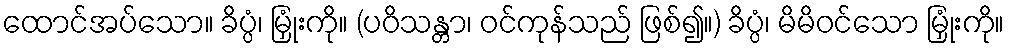
ထောင်အပ်သော။ ခိပ္ပံ၊ မြှုံးကို။ (ပဝိသန္တာ၊ ဝင်ကုန်သည် ဖြစ်၍။) ခိပ္ပံ၊ မိမိဝင်သော မြှုံးကို။